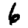
Digit: 6